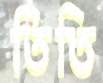
তিতি